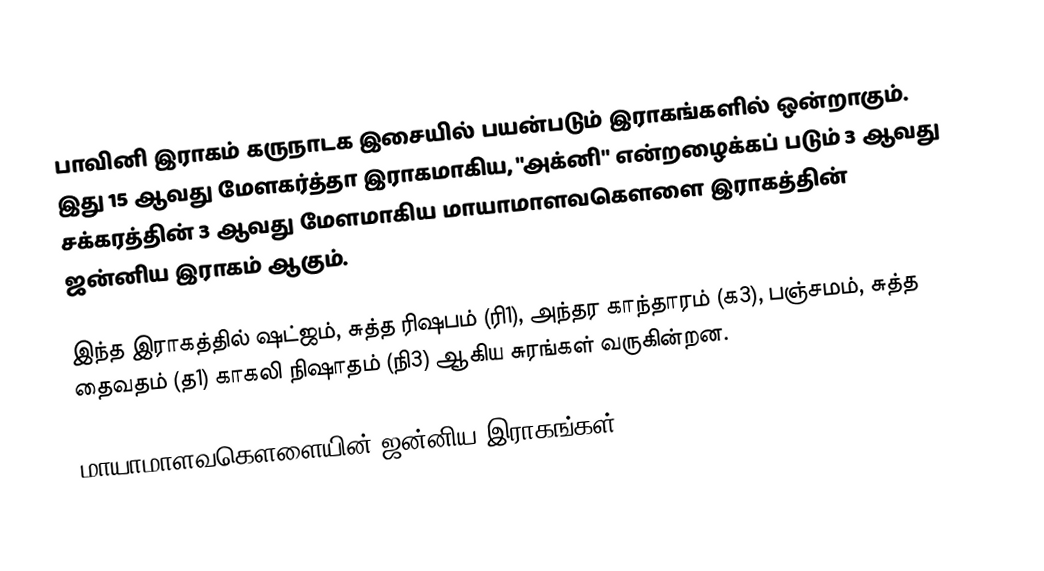
பாவினி இராகம் கருநாடக இசையில் பயன்படும் இராகங்களில் ஒன்றாகும். இது 15 ஆவது மேளகர்த்தா இராகமாகிய, "அக்னி" என்றழைக்கப் படும் 3 ஆவது சக்கரத்தின் 3 ஆவது மேளமாகிய மாயாமாளவகௌளை இராகத்தின் ஜன்னிய இராகம் ஆகும்.

இந்த இராகத்தில் ஷட்ஜம், சுத்த ரிஷபம் (ரி1), அந்தர காந்தாரம் (க3), பஞ்சமம், சுத்த தைவதம் (த1) காகலி நிஷாதம் (நி3) ஆகிய சுரங்கள் வருகின்றன.

மாயாமாளவகௌளையின் ஜன்னிய இராகங்கள்